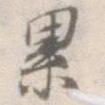
累